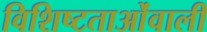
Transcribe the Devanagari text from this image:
विशिष्टताओंवाली